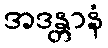
အဒန္တာနံ